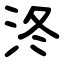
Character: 泈